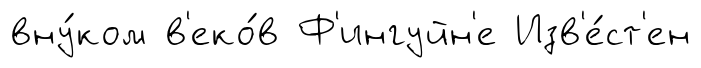
вну́ком в'еко́в Ф'ингуйн'е Изв'е́ст'ен